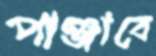
পাঞ্জাবে